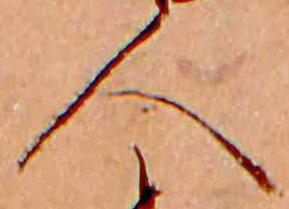
人